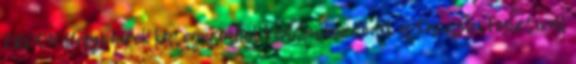
ERDON Helyi hírek kategóriából Kedden kezdődik a Tavaszi Fesztivál